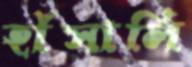
হাঁসালি